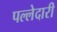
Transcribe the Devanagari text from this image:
पल्लेदारी